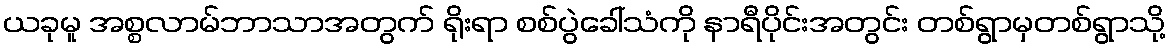
ယခုမူ အစ္စလာမ်ဘာသာအတွက် ရိုးရာ စစ်ပွဲခေါ်သံကို နာရီပိုင်းအတွင်း တစ်ရွာမှတစ်ရွာသို့